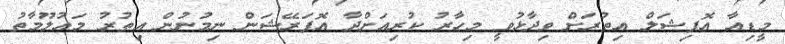
މީޑިއާ އޮފިޝަލް އިތުރަށް ވިދާޅުވީ މިހާރު ކުރިއަށްދާ އޮޕަރޭޝަން ނިމުނުން އިތުރު މައުލޫމާތު